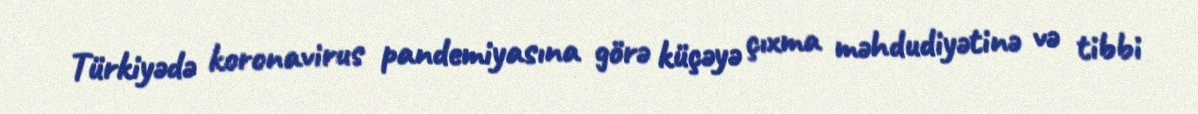
Türkiyədə koronavirus pandemiyasına görə küçəyə çıxma məhdudiyətinə və tibbi